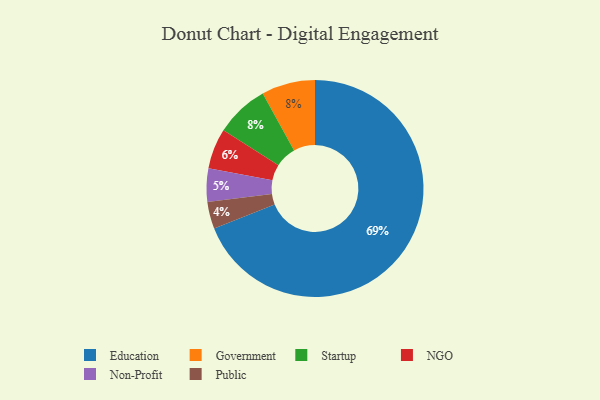
{"axis": {"x": "Category", "y": "Percentage"}, "legend": ["Education", "Government", "NGO", "Non-Profit", "Public", "Startup"], "data": [{"x": "Government", "y": 8, "type": "Government"}, {"x": "Startup", "y": 8, "type": "Startup"}, {"x": "Public", "y": 4, "type": "Public"}, {"x": "NGO", "y": 6, "type": "NGO"}, {"x": "Education", "y": 69, "type": "Education"}, {"x": "Non-Profit", "y": 5, "type": "Non-Profit"}]}